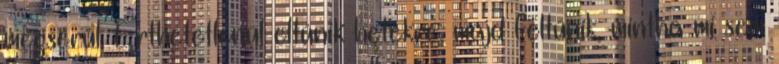
megsérül. Érthetetlenül eltűnik hetekre, majd feltűnik, mintha mi sem